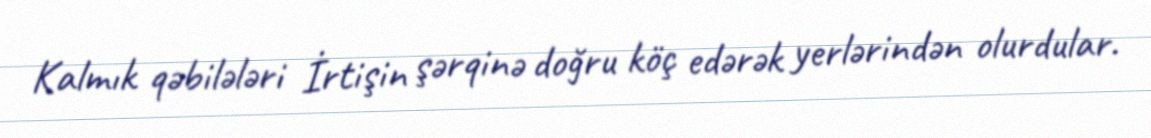
Kalmık qəbilələri İrtişin şərqinə doğru köç edərək yerlərindən olurdular.